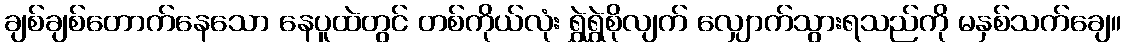
ချစ်ချစ်တောက်နေသော နေပူထဲတွင် တစ်ကိုယ်လုံး ရွှဲရွှဲစိုလျက် လျှောက်သွားရသည်ကို မနှစ်သက်ချေ။